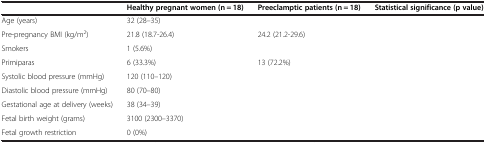
<table><thead><tr><td>[EMPTY_CELL]</td><td><b>Healthy pregnant women (n = 18)</b></td><td><b>Preeclamptic patients (n = 18)</b></td><td><b>Statistical significance (p value)</b></td></tr></thead><tbody><tr><td>Age (years)</td><td>32 (28–35)</td><td>[EMPTY_CELL]</td><td>[EMPTY_CELL]</td></tr><tr><td>Pre-pregnancy BMI (kg/m<sup>2</sup>)</td><td>21.8 (18.7-26.4)</td><td>24.2 (21.2-29.6)</td><td>[EMPTY_CELL]</td></tr><tr><td>Smokers</td><td>1 (5.6%)</td><td>[EMPTY_CELL]</td><td>[EMPTY_CELL]</td></tr><tr><td>Primiparas</td><td>6 (33.3%)</td><td>13 (72.2%)</td><td>[EMPTY_CELL]</td></tr><tr><td>Systolic blood pressure (mmHg)</td><td>120 (110–120)</td><td>[EMPTY_CELL]</td><td>[EMPTY_CELL]</td></tr><tr><td>Diastolic blood pressure (mmHg)</td><td>80 (70–80)</td><td>[EMPTY_CELL]</td><td>[EMPTY_CELL]</td></tr><tr><td>Gestational age at delivery (weeks)</td><td>38 (34–39)</td><td>[EMPTY_CELL]</td><td>[EMPTY_CELL]</td></tr><tr><td>Fetal birth weight (grams)</td><td>3100 (2300–3370)</td><td>[EMPTY_CELL]</td><td>[EMPTY_CELL]</td></tr><tr><td>Fetal growth restriction</td><td>0 (0%)</td><td>[EMPTY_CELL]</td><td>[EMPTY_CELL]</td></tr></tbody></table>